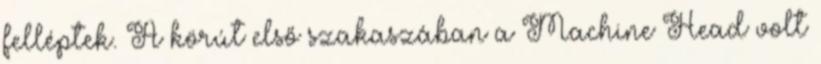
felléptek. A körút első szakaszában a Machine Head volt